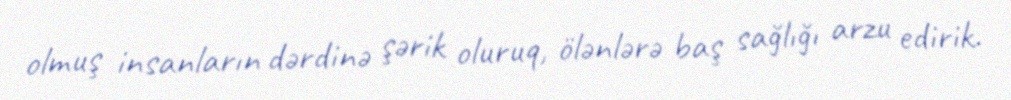
olmuş insanların dərdinə şərik oluruq, ölənlərə baş sağlığı arzu edirik.